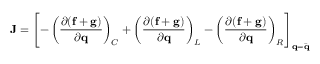
\mathbf { J } = \left[ - \left( \frac { \partial ( \mathbf { f } + \mathbf { g } ) } { \partial \mathbf { q } } \right) _ { C } + \left( \frac { \partial ( \mathbf { f } + \mathbf { g } ) } { \partial \mathbf { q } } \right) _ { L } - \left( \frac { \partial ( \mathbf { f } + \mathbf { g } ) } { \partial \mathbf { q } } \right) _ { R } \right] _ { \mathbf { q } = \Bar { \mathbf { q } } }